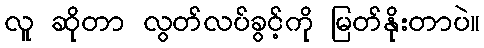
လူ ဆိုတာ လွတ်လပ်ခွင့်ကို မြတ်နိုးတာပဲ။